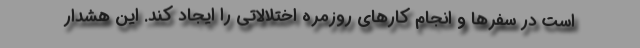
است در سفرها و انجام کارهای روزمره اختلالاتی را ایجاد کند. این هشدار